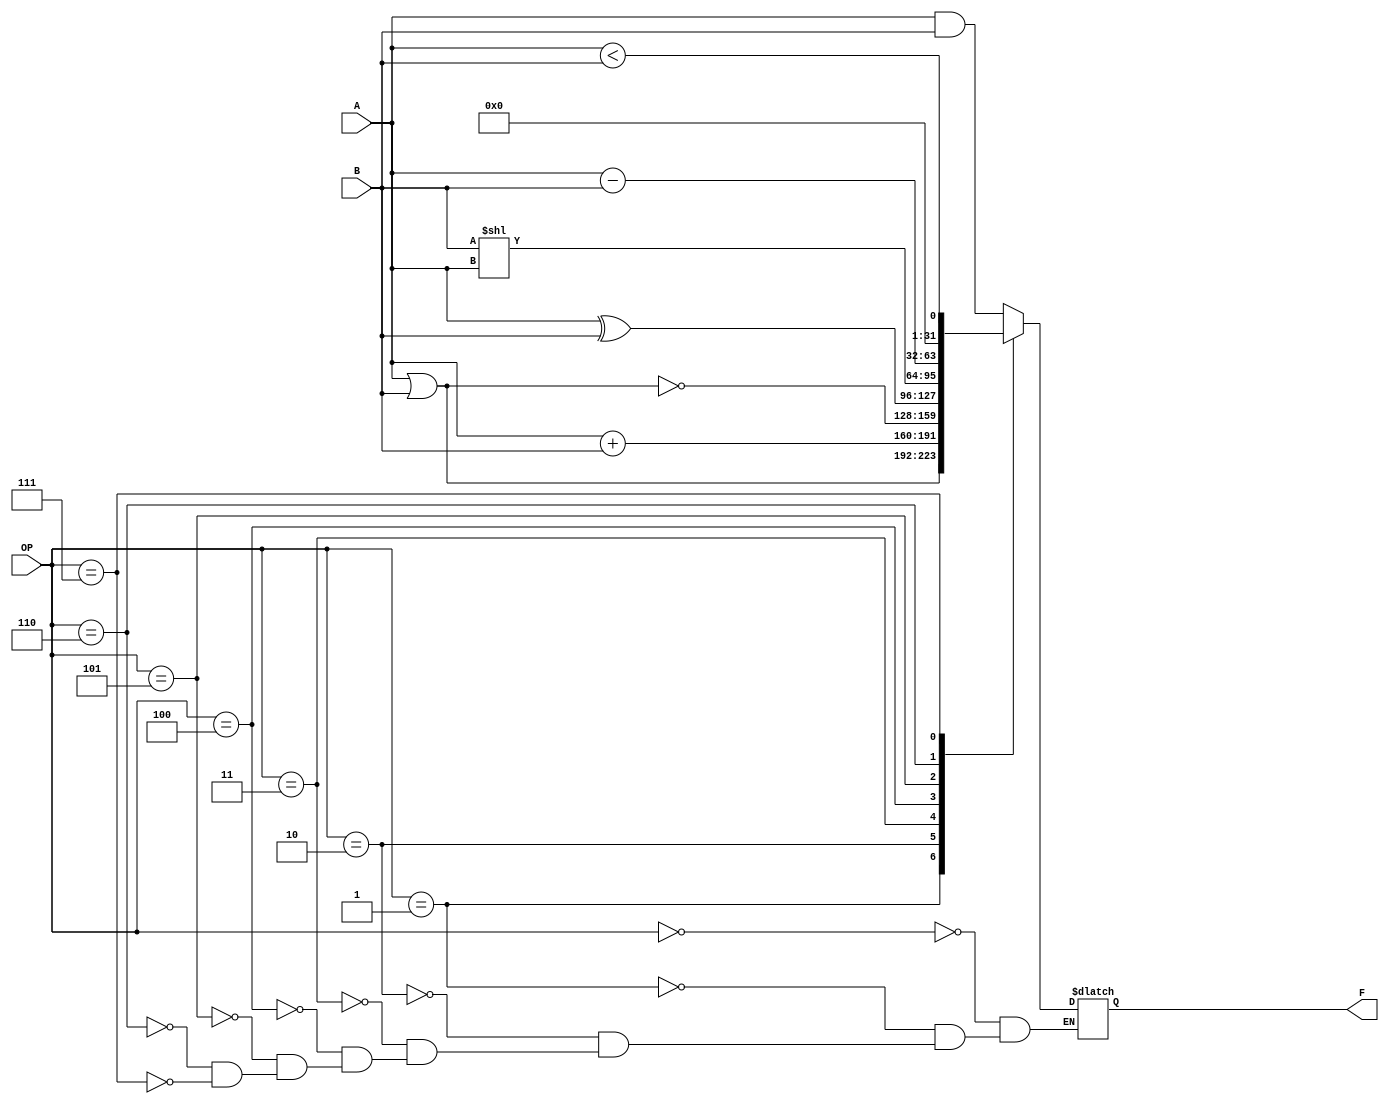
`timescale 1ns / 1ps
//////////////////////////////////////////////////////////////////////////////////
// Company: 
// Engineer: 
// 
// Design Name: 
// Module Name: ALU
// Project Name: 
// Target Devices: 
// Tool Versions: 
// Description: 
// 
// Dependencies: 
// 
// Revision:
// Revision 0.01 - File Created
// Additional Comments:
// 
//////////////////////////////////////////////////////////////////////////////////


module ALU(OP, A, B, F);
    parameter SIZE = 32;
    input [3:0] OP;
    input [SIZE:1] A;
    input [SIZE:1] B;
    output reg [SIZE:1] F;
    reg C;
    
    always @(*)
    begin
        C = 0;
        case(OP)
            4'b0000: begin F = A & B; end
            4'b0001: begin F = A | B; end
            4'b0010: begin {C, F} = A + B; end
            4'b0011: begin F = ~(A | B); end
            4'b0100: begin F = A ^ B; end
            4'b0101: begin F = B << A; end
            4'b0110: begin {C, F} = A - B; end
            4'b0111: begin F = A < B; end
        endcase
    end
endmodule